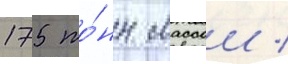
175 то́нн массои /